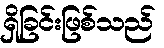
ရှိခြင်းဖြစ်သည်